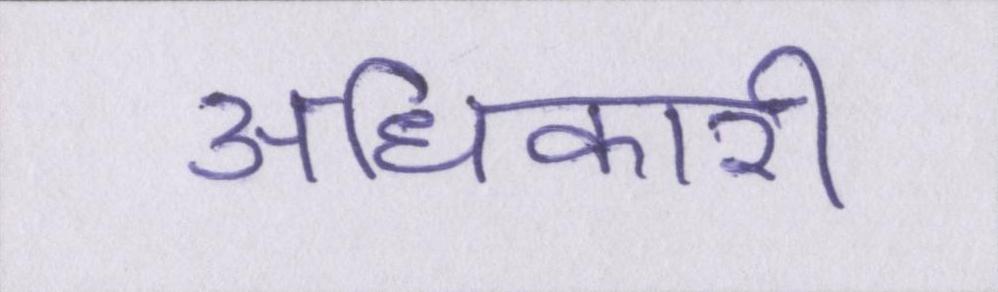
अधिकारी